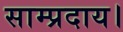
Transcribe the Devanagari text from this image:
साम्प्रदाय।